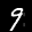
Label: 9